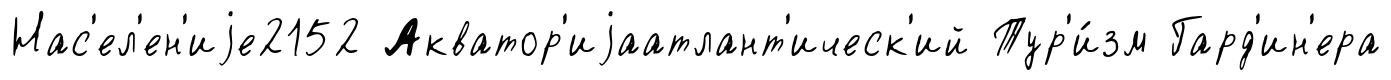
Нас'ел'ен'иjе2152 Акватор'иjаатлант'ическ'ий Тур'и́зм Гард'ин'ера